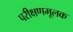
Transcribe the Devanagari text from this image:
परीक्षणमूलक